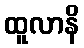
ထူလာနိ